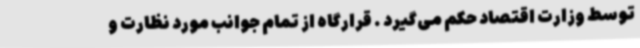
توسط وزارت اقتصاد حکم می‌گیرد . قرارگاه از تمام جوانب مورد نظارت و